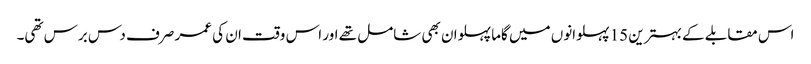
اس مقابلے کے بہترین 15 پہلوانوں میں گاما پہلوان بھی شامل تھے اور اس وقت ان کی عمر صرف دس برس تھی۔